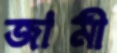
জামী